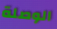
الوصلة